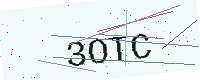
Text: 3OTC